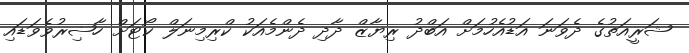
ޝަރީއަތުގެ ދެވަނަ އަޑުއެހުމަށް އަބްދު ރިޔާޒް ދާދި ދެންމެއަކު ކްރިމިނަލް ކޯޓަށް ހާޟިރުވެވަޑައި